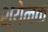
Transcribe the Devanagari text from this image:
श्येनक